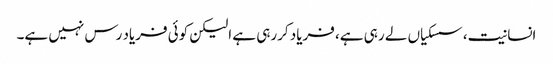
انسانیت، سسکیاں لے رہی ہے، فریاد کررہی ہے الیکن کوئی فریاد رس نہیں ہے۔